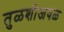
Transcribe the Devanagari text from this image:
तुळशीजवळ